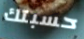
حسبتك